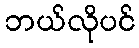
ဘယ်လိုပင်